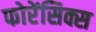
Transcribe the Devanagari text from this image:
फोरेंसिक्स